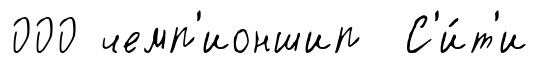
000 чемп'ионшип С'и́т'и